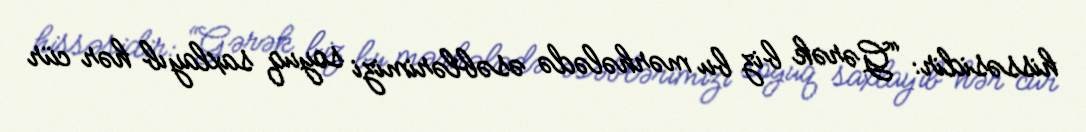
hissəsidir: “Gərək biz bu mərhələdə əsəblərimizi soyuq saxlayıb hər cür